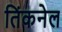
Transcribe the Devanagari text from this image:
तिंकनेल